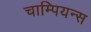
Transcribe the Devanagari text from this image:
चाम्पियन्स